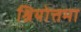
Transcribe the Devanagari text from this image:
श्रियोत्तमा